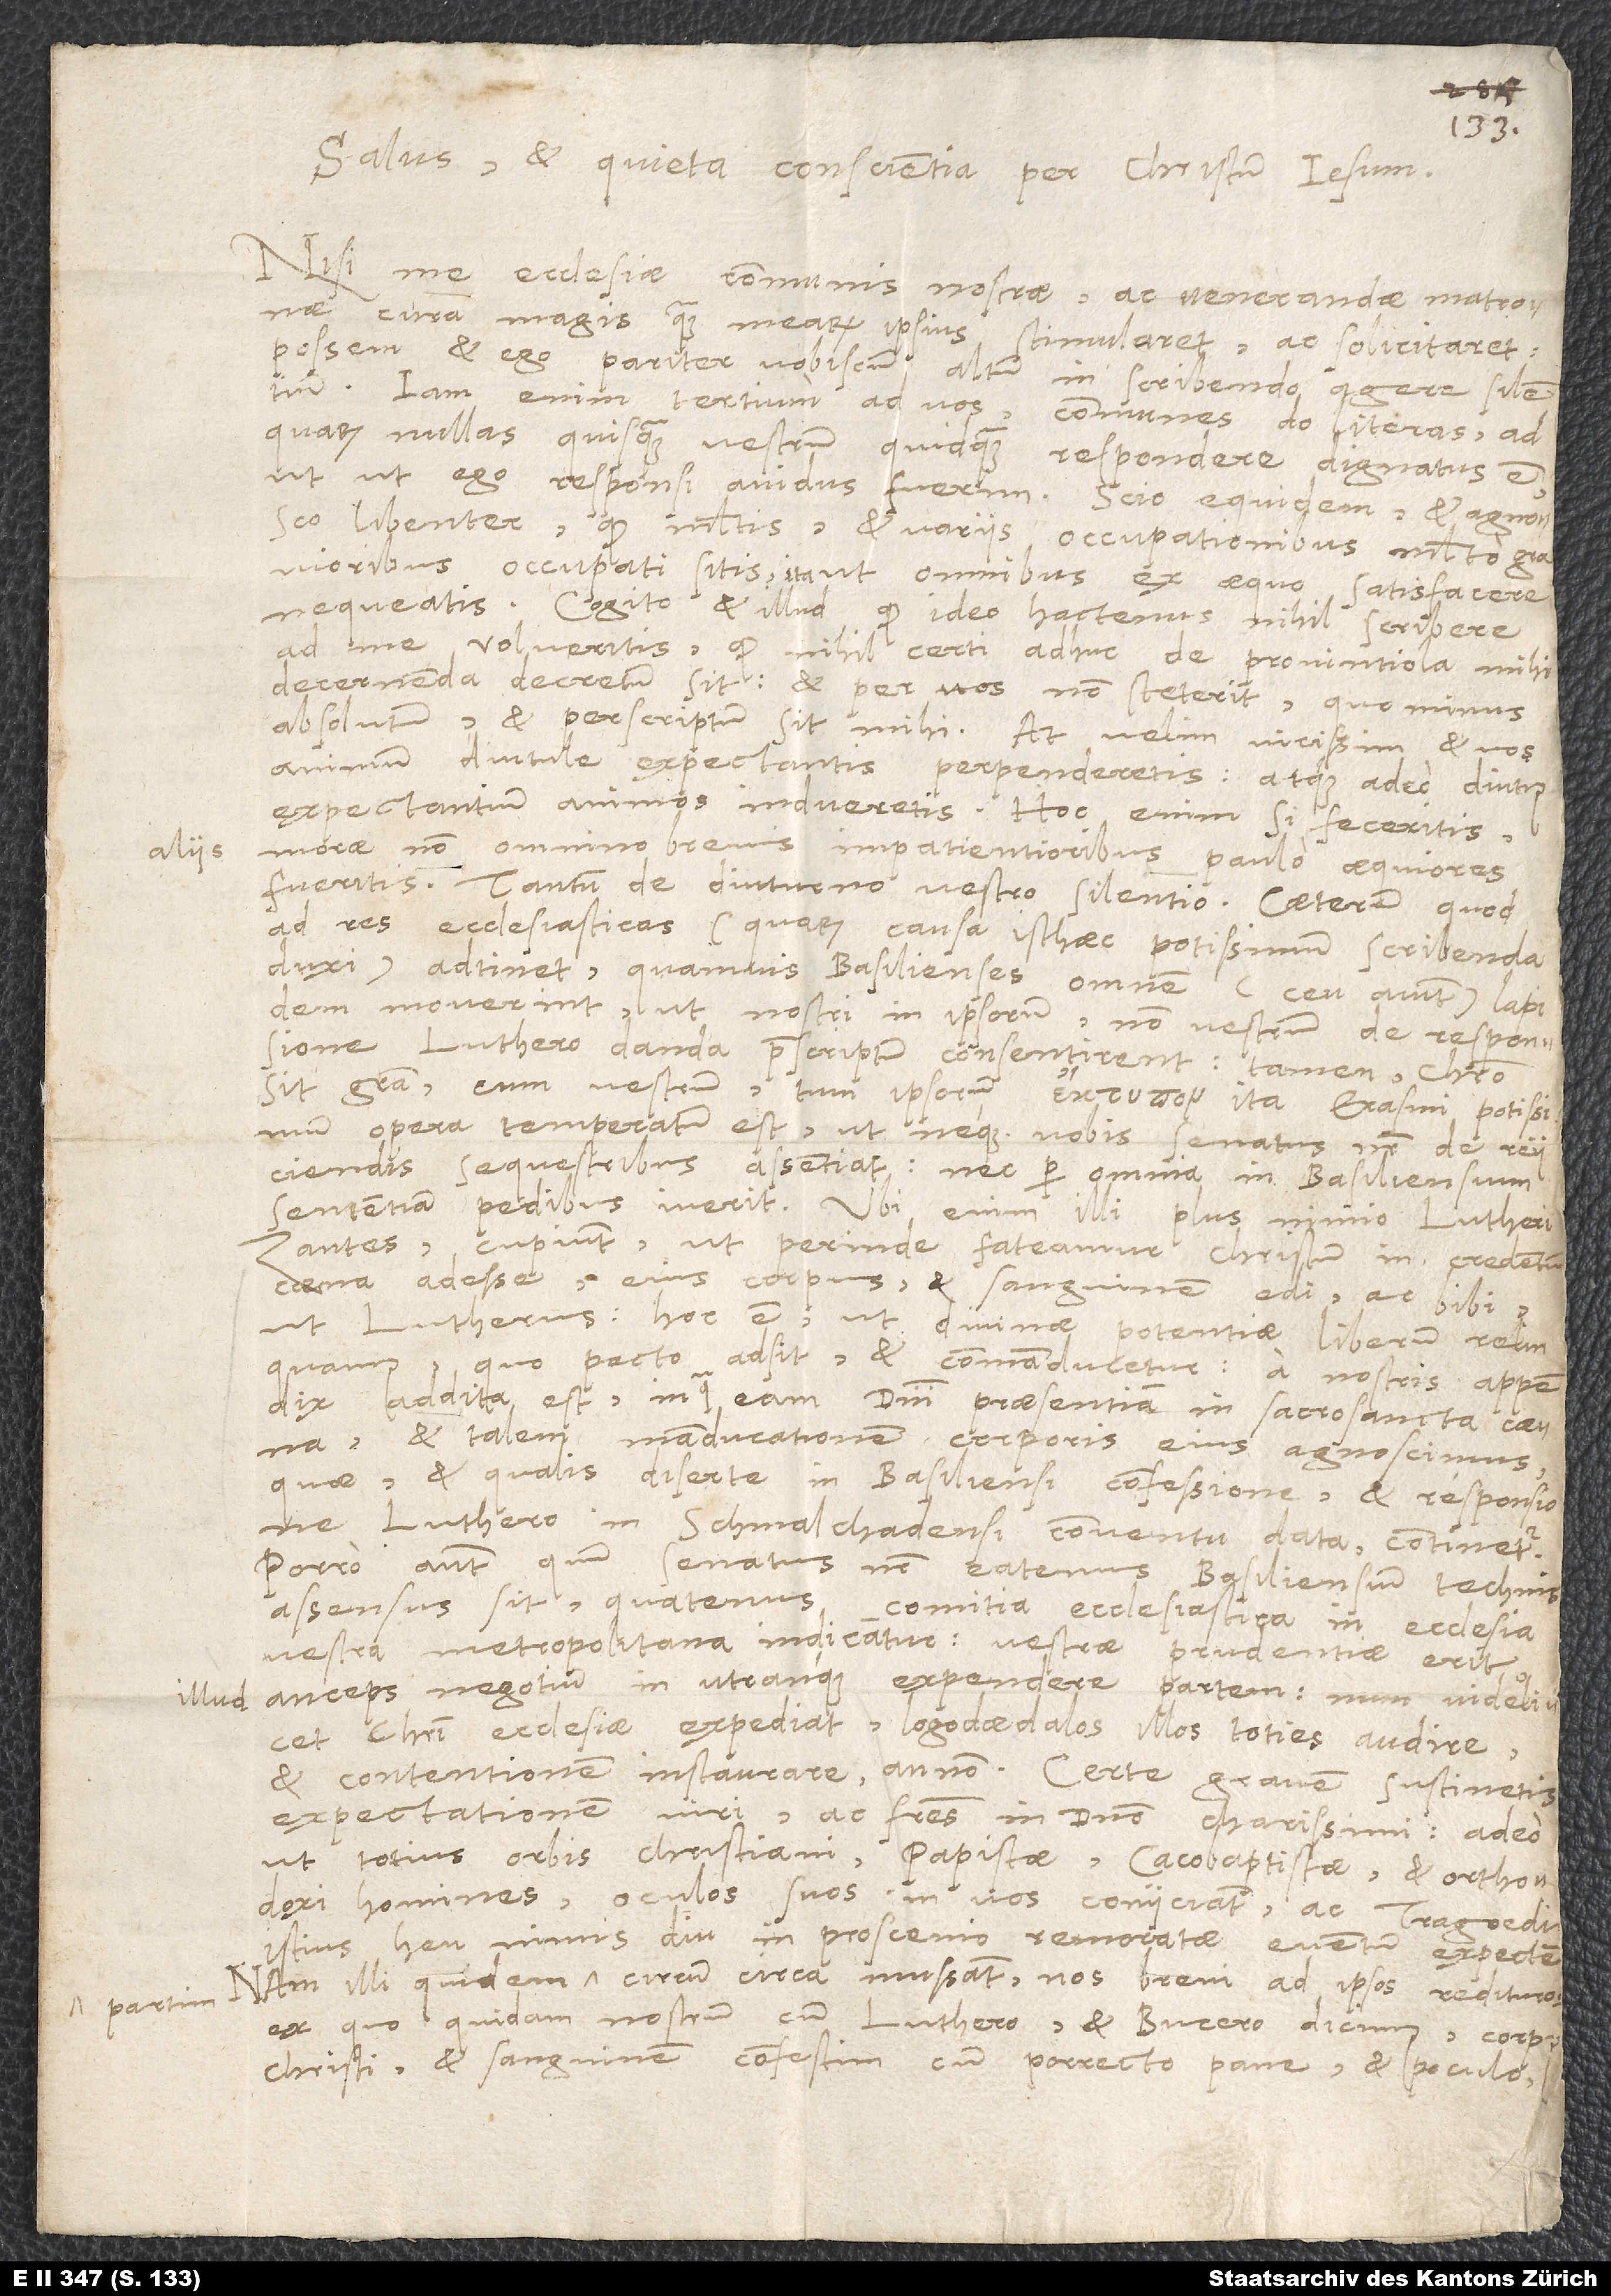
aliis

illud
partim

1538.
Salus et quieta conscientia per Christum Iesum.
Nisi me ecclesiae, communis nostrae ac venerandae matronae,
cura magis quam mearum ipsius stimularet ac solicitaret,
possem et ego pariter vobiscum altum in scribendo agere silentium.
Iam enim tertium ad vos communes do literas, ad
quarum nullas quisquam vestrum quidquam respondere dignatus est,
utut ego responsi avidus fuerim. Scio equidem et agnosco
libenter, quod multis et variis occupationibus multo gravioribus
occupati sitis ita, ut omnibus ex aequo satisfacere
nequeatis. Cogito et illud, quod ideo hactenus nihil scribere
ad me volueritis, quod nihil certi adhuc de provintiola mihi
decernenda decretum sit et per vos non steterit, quominus
absolutum et perscriptum sit mihi. At velim vicissim, et vos
animum diutule expectantis perpenderetis atque adeo diutius
expectantium animos indueritis; hoc enim si feceritis,
morae non omnino brevis impatientioribus paulo aequiores
fueritis. Tantum de diuturno vestro silentio. Caeterum, quod
ad res ecclesiasticas (quarum causa isthaec potissimum scribenda
duxi) adtinet: Quamvis Basilienses omnem (ceu aiunt) lapidem
moverint, ut nostri in ipsorum, non vestrum de responsione
Luthero danda praescriptum consentirent, tamen, Christo
sit gratia, cum vestrum tum ipsorum ita Erasmi potissimum
opera temperatum est, ut neque vobis senatus noster de reiiciendis
sequestribus assentiat nec per omnia in Basiliensium
sententiam pedibus iverit.
Ubi enim illi plus nimio Lutherizantes
cupiunt, ut perinde fateamur Christum in credentium
coena adesse, eius corpus et sanguinem edi ac bibi
ut Lutherus, hoc est, ut divinae potentiae liberum relinquamus,
quo pacto adsit et commanducetur, a nostris appendix
addita est, in qua eam domini praesentiam in sacrosancta coena
et talem manducationem corporis eius agnoscimus,
quae et qualis diserte in Basiliensi confessione et responsione
Luthero in Schmalchadensi conventu data continetur.
Porro autem, quum senatus noster eatenus Basiliensium technis
assensus sit, quatenus
comitia ecclesiastica in ecclesia
vestra metropolitana indicantur, vestrae prudentiae erit
anceps negotium in utranque expendere partem, num videlicet
Christi ecclesiae expediat logodaedalos illos toties audire
et contentionem instaurare annon. Certe gravem sustinetis
expectationem, viri ac fratres in domino charissimi, adeo
ut totius orbis christiani papistae, cacobaptistae et orthodoxi
homines oculos suos in vos coniiciant ac tragoedi
istius heu nimis diu in proscenio remoratae eventum expectent.
Nam illi quidem partim circum circa mussant nos brevi ad ipsos redituros,
ex quo quidam nostrum cum Luthero et Bucero dicimus corpus
Christi et sanguinem confestim cum porrecto pane et poculo